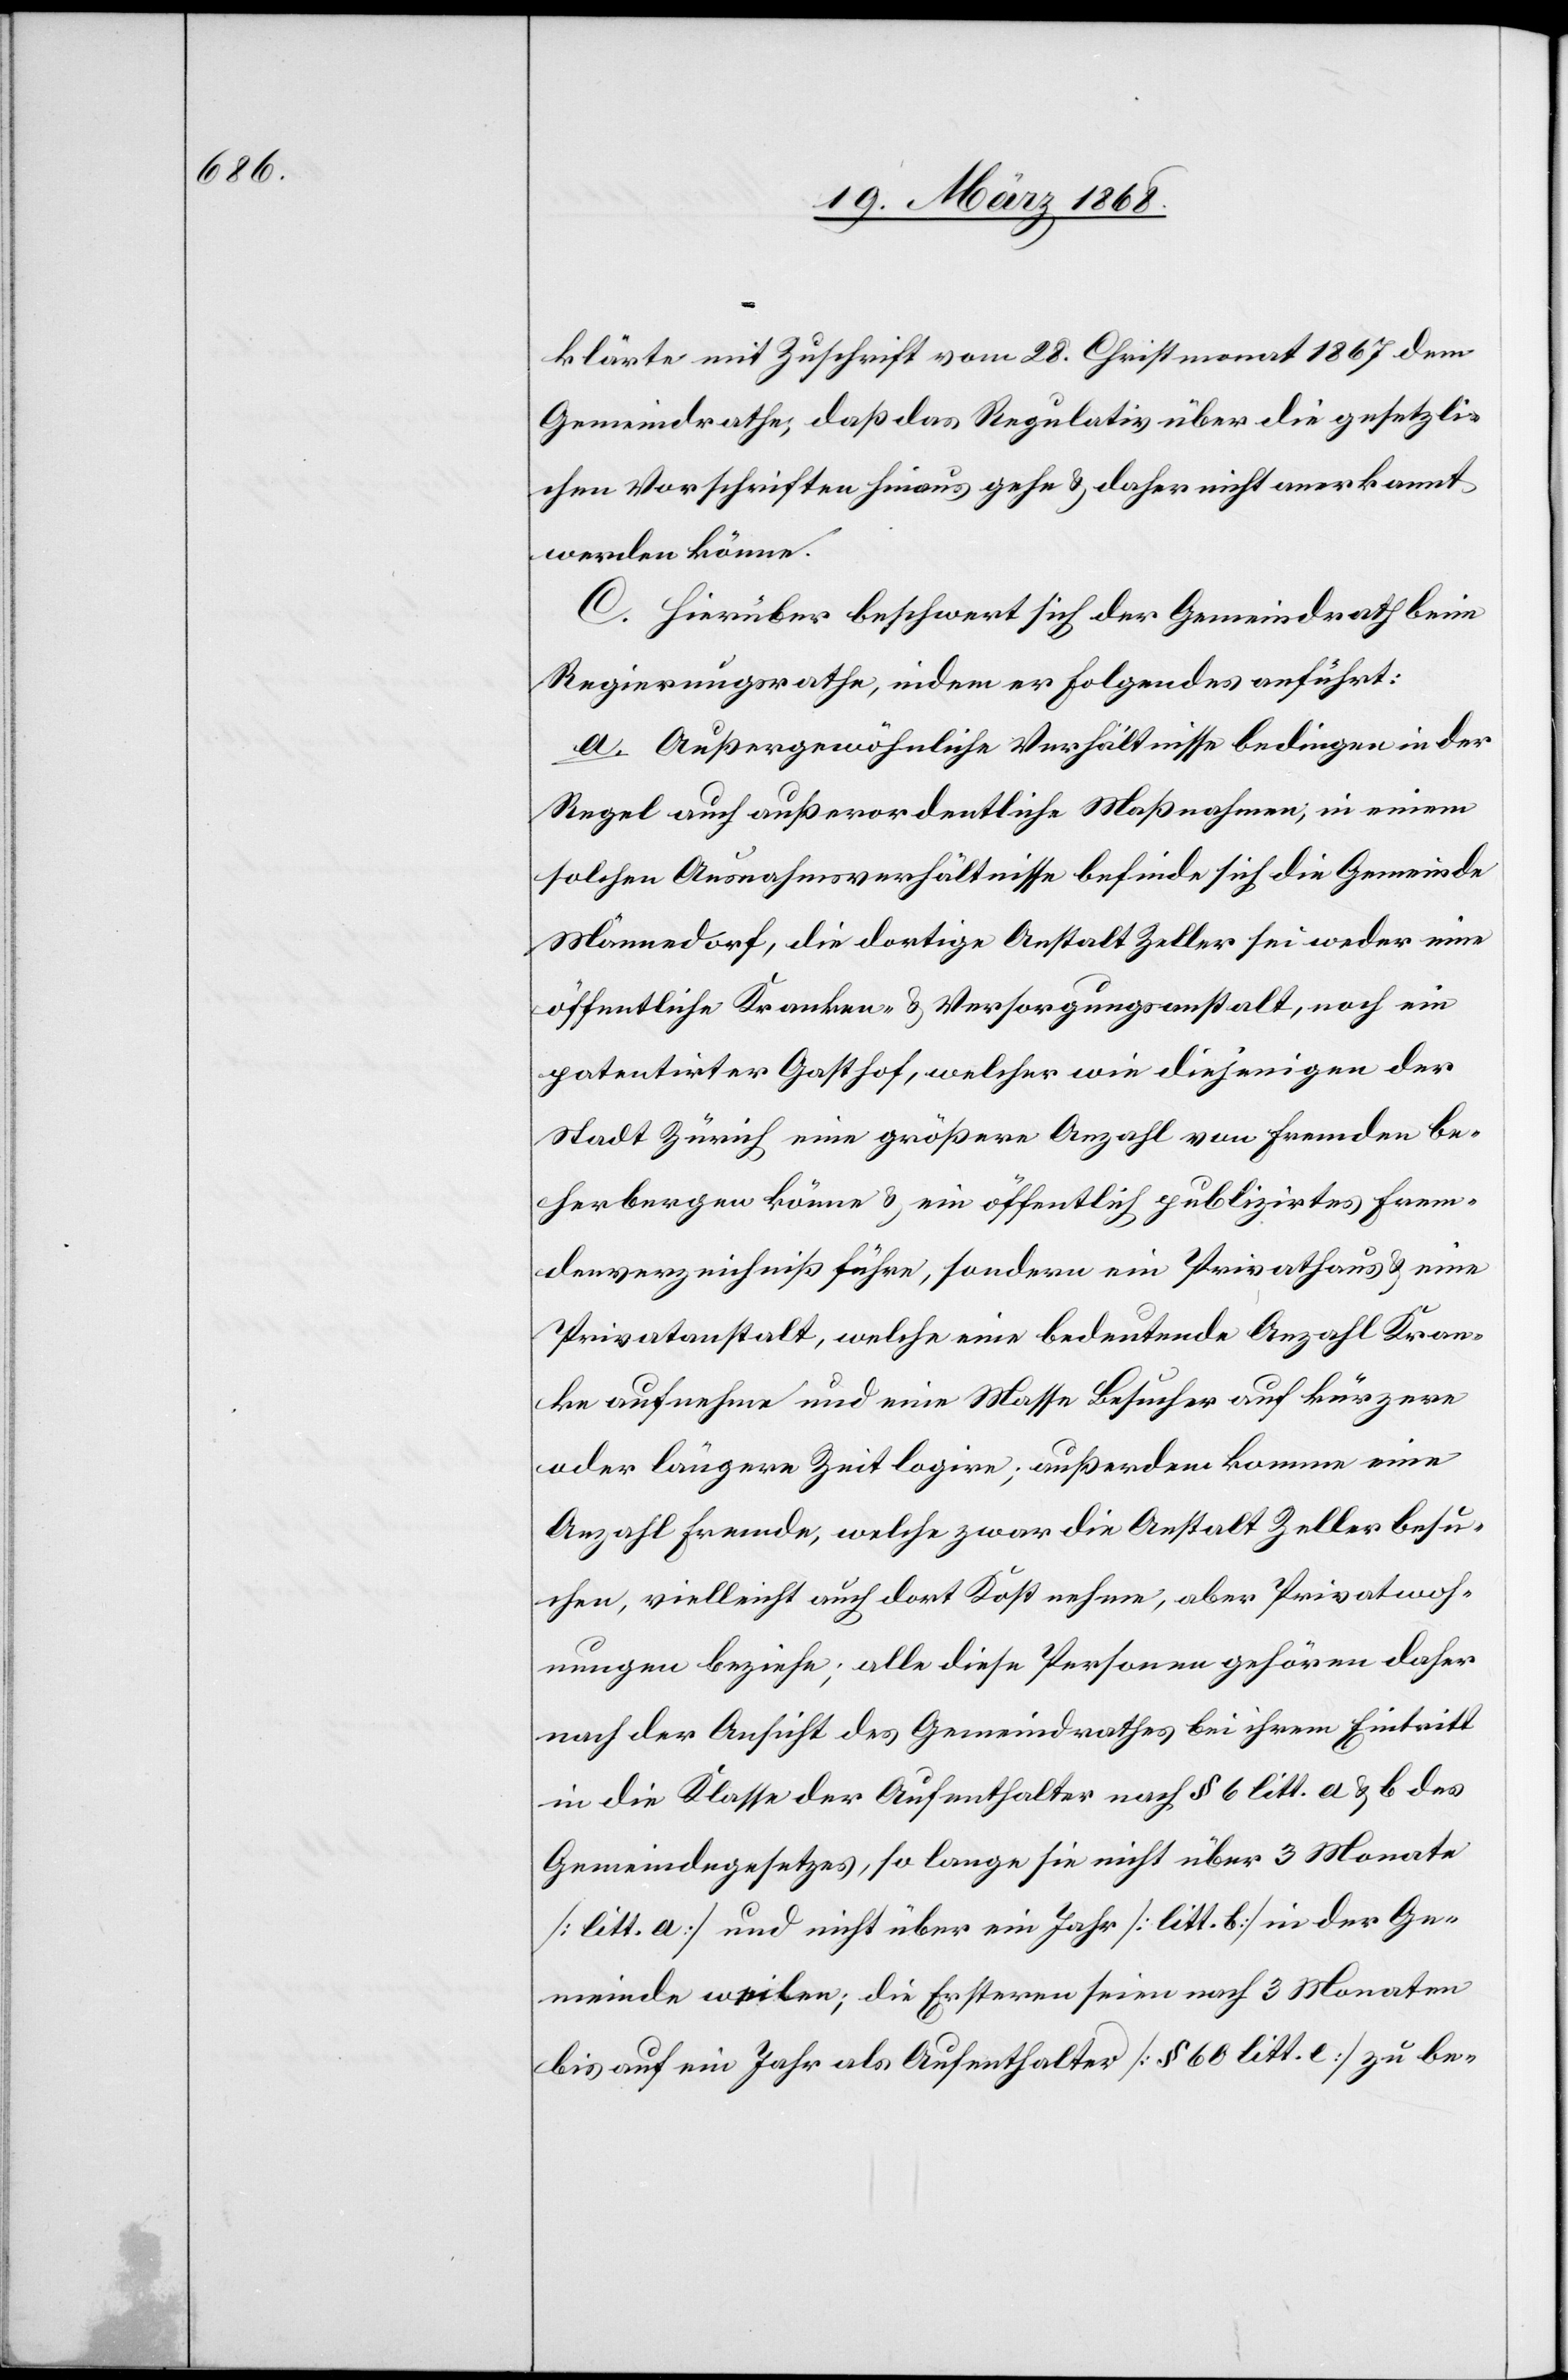
klärte mit Zuschrift vom 28. Christmonat 1867 dem
Gemeindrathe, daß das Regulativ über die gesetzli¬
chen Vorschriften hinaus gehe & daher nicht anerkannt
werden könne.
C. Hierüber beschwert sich der Gemeindrath beim
Regierungsrathe, indem er Folgendes anführt:
a. Außergewöhnliche Verhältnisse bedingen in der
Regel auch außerordentliche Maßnahmen; in einem
solchen Ausnahmsverhältnisse befinde sich die Gemeinde
Männedorf, die dortige Anstalt Zeller sei weder eine
öffentliche Kranken- & Versorgungsanstalt, noch ein
patentirter Gasthof, welcher wie diejenigen der
Stadt Zürich eine größere Anzahl von Fremden be¬
herbergen könne & ein öffentlich publizirtes Frem¬
denverzeichniß führe, sondern ein Privathaus & eine
Privatanstalt, welche eine bedeutende Anzahl Kran¬
ke aufnehme und eine Masse Besucher auf kürzere
oder längere Zeit logire; außerdem komme eine
Anzahl Fremde, welche zwar die Anstalt Zeller besu¬
chen, vielleicht auch dort Kost nehme, aber Privatwoh¬
nungen beziehe; alle diese Personen gehören daher
nach der Ansicht des Gemeindrathes bei ihrem Eintritt
in die Klasse der Aufenthalter nach § 6 litt. a & b des
Gemeindegesetzes, so lange sie nicht über 3 Monate
[litt. a] und nicht über ein Jahr [litt. b] in der Ge¬
meinde weilen; die Ersteren seien nach 3 Monaten
bis auf ein Jahr als Aufenthalter [§ 60 litt. [?c]] zu be-